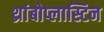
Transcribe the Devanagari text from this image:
थ्रांबोप्लास्टिन